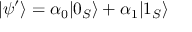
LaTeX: | \psi ^ { \prime } \rangle = \alpha _ { 0 } | 0 _ { S } \rangle + \alpha _ { 1 } | 1 _ { S } \rangle